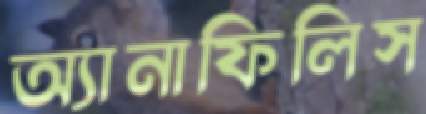
অ্যানাফিলিস